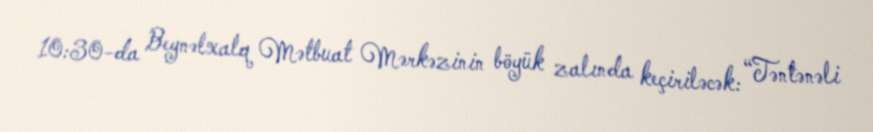
10:30-da Beynəlxalq Mətbuat Mərkəzinin böyük zalında keçiriləcək: “Təntənəli